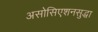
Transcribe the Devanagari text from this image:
असोसिएशनसुद्धा